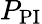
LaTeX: P_{\mathrm{PI}}